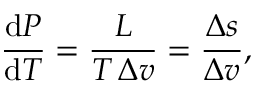
{ \frac { \mathrm { d } P } { \mathrm { d } T } } = { \frac { L } { T \, \Delta v } } = { \frac { \Delta s } { \Delta v } } ,